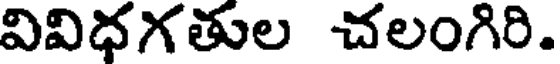
వివిధగతుల చలంగిరి.